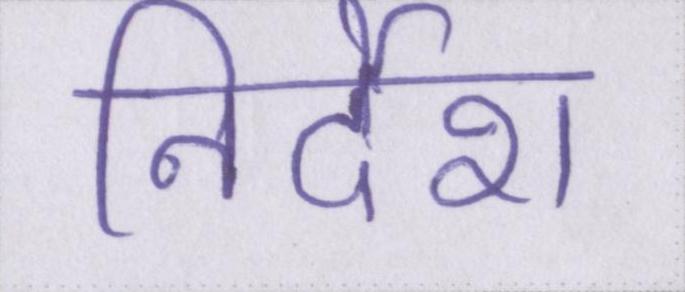
निर्देश